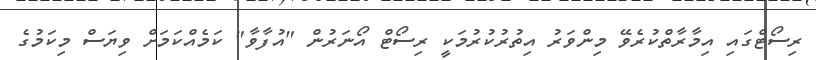
ރިސޯޓްގައި އިމާރާތްކުރެވޭ މިންވަރު އިތުރުކުރުމަކީ ރިސޯޓް އޯނަރުން "އުފާވާ" ކަމެއްކަމަށް ވިޔަސް މިކަމުގެ